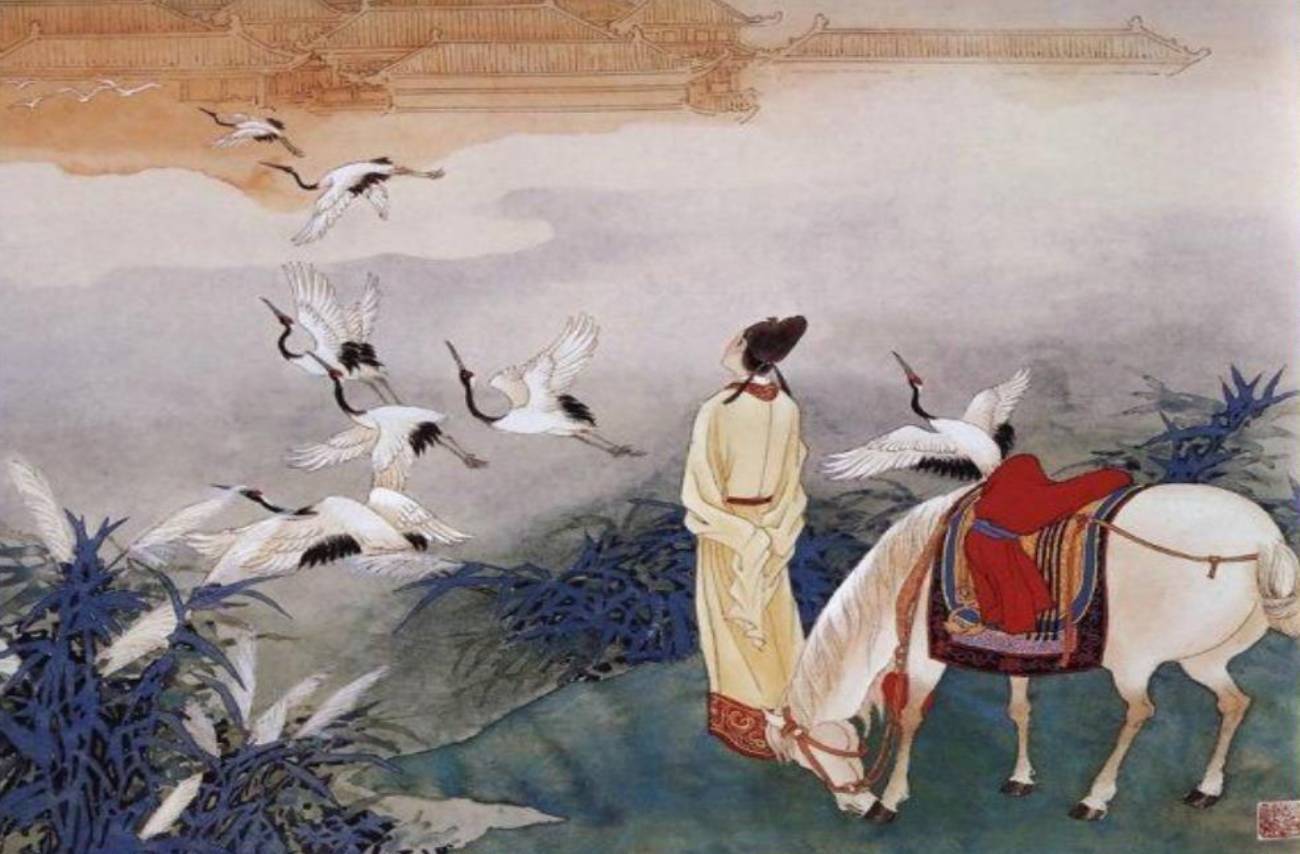
最是仓皇辞庙日，教坊犹奏别离歌，垂泪对宫娥。